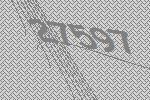
27597